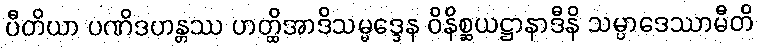
ပီတိယာ ပဏိဒဟန္တဿ ဟတ္ထိအာဒိသမ္မဒ္ဒေန ဝိနိစ္ဆယဋ္ဌာနာဒီနိ သမ္ပာဒေဿာမီတိ